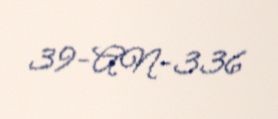
39-AN-336